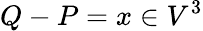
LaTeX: Q-P=x\in V^{3}